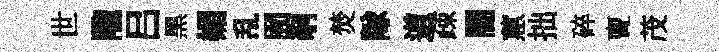
世隴吕黑媚乱囿剞焚隊道疎闇蕙拙碎亶茂